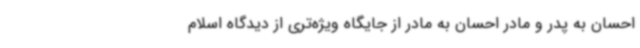
احسان به پدر و مادر احسان به مادر از جایگاه ویژه‌تری از دیدگاه اسلام